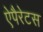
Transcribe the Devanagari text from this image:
ऐपैरेटस